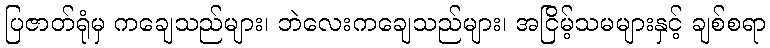
ပြဇာတ်ရုံမှ ကချေသည်များ၊ ဘဲလေးကချေသည်များ၊ အငြိမ့်သမများနှင့် ချစ်စရာ